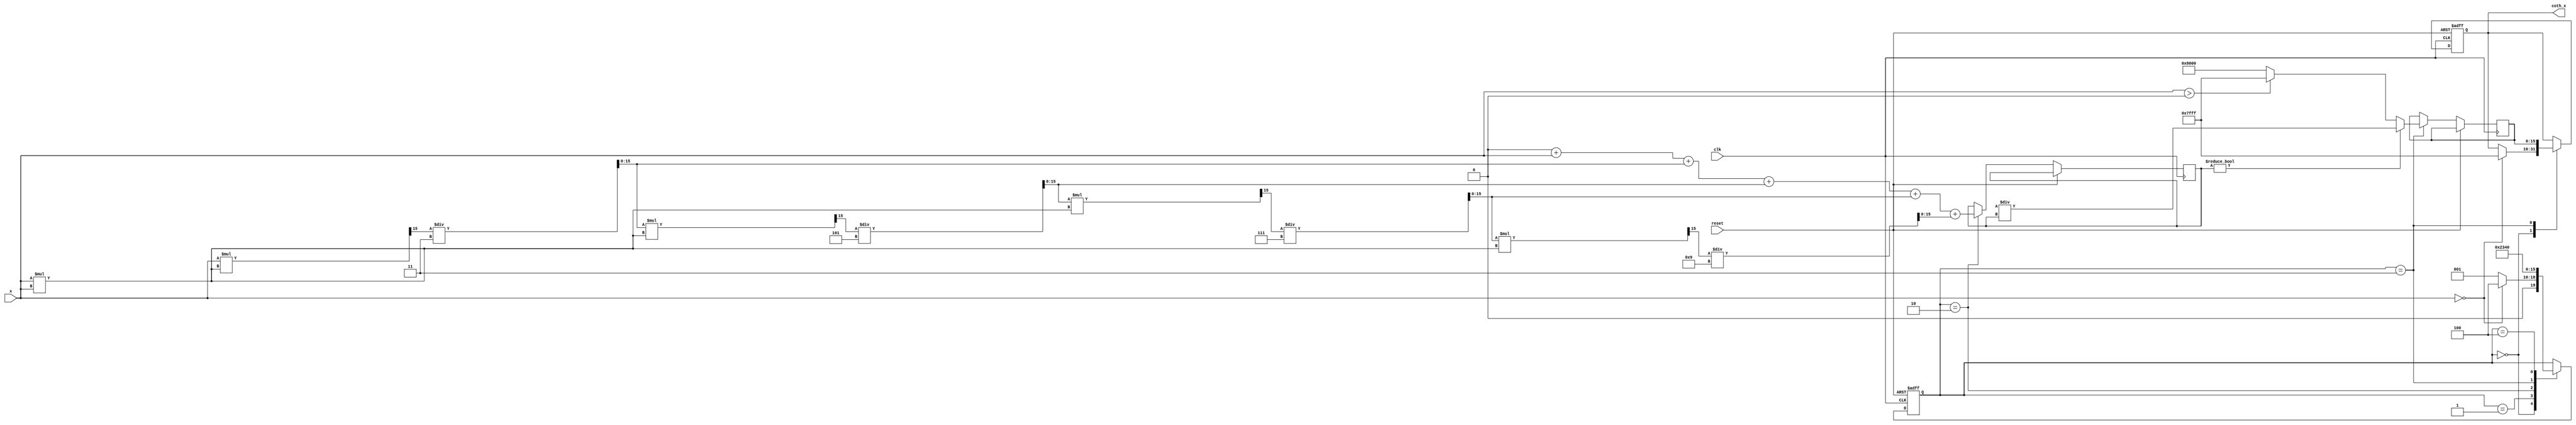
module hyperbolic_cotangent (
    input wire clk,
    input wire reset,
    input wire [15:0] x, // Fixed-point input
    output reg [15:0] coth_x // Fixed-point output
);

    // Internal parameters
    parameter WIDTH = 16;
    parameter MAX_VAL = 16'h7FFF; // Max value for positive output
    parameter MIN_VAL = 16'h8000; // Max value for negative output

    // Internal signals
    reg [WIDTH-1:0] cosh_x;
    reg [WIDTH-1:0] sinh_x;
    reg [WIDTH-1:0] temp_coth;
    reg [3:0] state;
    reg [3:0] next_state;

    // State definitions
    localparam IDLE = 0, CALC_COSH = 1, CALC_SINH = 2, CALC_COTH = 3, DONE = 4;

    // Taylor Series parameters
    parameter N_TERMS = 6; // Number of terms in the Taylor series

    // Cosh(x) approximation using Taylor series
    function [WIDTH-1:0] compute_cosh(input [WIDTH-1:0] x);
        integer i;
        reg [WIDTH-1:0] sum;
        reg [WIDTH-1:0] term;
        begin
            sum = 0;
            term = 1; // x^0 / 0! = 1
            for (i = 0; i < N_TERMS; i = i + 1) begin
                sum = sum + term;
                term = term * (x * x) >> (WIDTH-1); // x^2 / (2*i)!
                term = term / ((i + 1) * (i + 2)); // Update for next term
            end
            compute_cosh = sum;
        end
    endfunction

    // Sinh(x) approximation using Taylor series
    function [WIDTH-1:0] compute_sinh(input [WIDTH-1:0] x);
        integer i;
        reg [WIDTH-1:0] sum;
        reg [WIDTH-1:0] term;
        begin
            sum = 0;
            term = x; // x^1 / 1! = x
            for (i = 1; i < N_TERMS; i = i + 1) begin
                sum = sum + term;
                term = term * (x * x) >> (WIDTH-1); // x^2 / (2*i)!
                term = term / (2 * i + 1); // Update for next term
            end
            compute_sinh = sum;
        end
    endfunction

    // State machine for computation
    always @(posedge clk or posedge reset) begin
        if (reset) begin
            state <= IDLE;
            coth_x <= 0;
        end else begin
            case (state)
                IDLE: begin
                    if (x == 0) begin
                        coth_x <= MAX_VAL; // Handle coth(0)
                        state <= DONE;
                    end else begin
                        state <= CALC_COSH;
                    end
                end
                CALC_COSH: begin
                    cosh_x <= compute_cosh(x);
                    state <= CALC_SINH;
                end
                CALC_SINH: begin
                    sinh_x <= compute_sinh(x);
                    state <= CALC_COTH;
                end
                CALC_COTH: begin
                    if (sinh_x != 0) begin
                        temp_coth <= (cosh_x << WIDTH) / sinh_x; // Fixed-point division
                    end else if (x > 0) begin
                        temp_coth <= MAX_VAL; // coth(+inf)
                    end else begin
                        temp_coth <= MIN_VAL; // coth(-inf)
                    end
                    coth_x <= temp_coth;
                    state <= DONE;
                end
                DONE: begin
                    state <= IDLE; // Go back to idle
                end
            endcase
        end
    end
endmodule